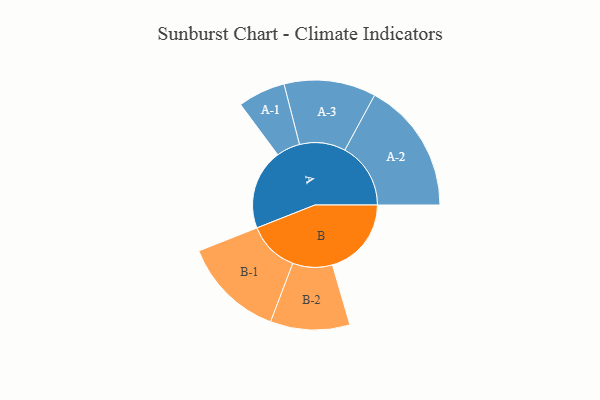
{"axis": {"x": "Segment", "y": "Value"}, "legend": ["", "A", "B"], "data": [{"x": "A", "y": 362, "type": ""}, {"x": "B", "y": 356, "type": ""}, {"x": "A-1", "y": 107, "type": "A"}, {"x": "A-2", "y": 297, "type": "A"}, {"x": "A-3", "y": 207, "type": "A"}, {"x": "B-1", "y": 230, "type": "B"}, {"x": "B-2", "y": 179, "type": "B"}]}